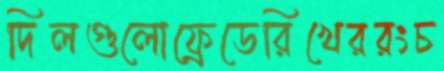
দিলগুলোফ্রেডেরিখেররংচ